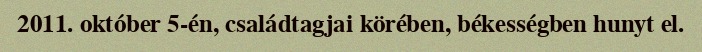
2011. október 5-én, családtagjai körében, békességben hunyt el.